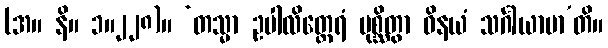
(အ။ နိ။ ၁။၂၂၈)။ ‘တသ္မာ ဥပါလိတ္ထေရံ ပုစ္ဆိတွာ ဝိနယံ သင်္ဂါယာမာ’တိ။